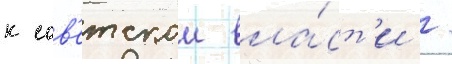
к сов'етскои вла́ст'и /